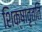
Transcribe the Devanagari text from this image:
शिक्षावृत्ति